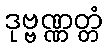
ဒုဗ္ဗဏ္ဏတ္တံ